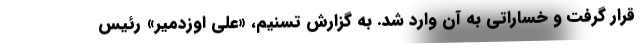
قرار گرفت و خساراتی به آن وارد شد. به گزارش تسنیم، «علی اوزدمیر» رئیس